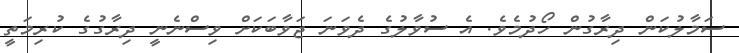
ސަމާލުކަން ދިރާގުން ހޯދުމެވެ. އެ ސުވާލުގެ ދެވަނަ ޖަވާބަކަށް ވިސްނެނީ ދިރާގުގެ ކުރިމަތީ